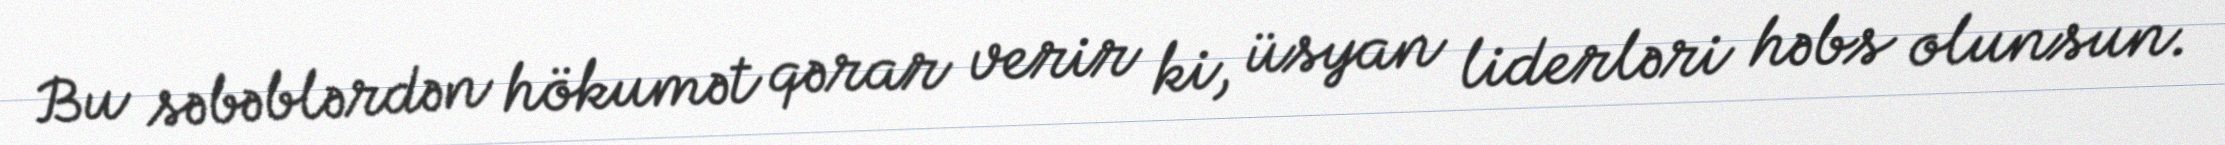
Bu səbəblərdən hökumət qərar verir ki, üsyan liderləri həbs olunsun.